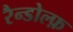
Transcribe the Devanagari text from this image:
रैन्डोल्फ़